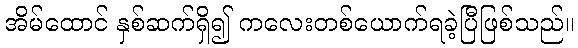
အိမ်ထောင် နှစ်ဆက်ရှိ၍ ကလေးတစ်ယောက်ရခဲ့ပြီဖြစ်သည်။